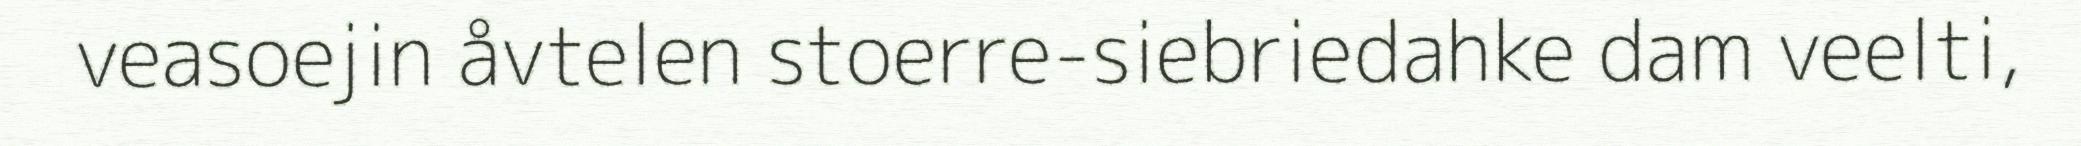
veasoejin åvtelen stoerre-siebriedahke dam veelti,